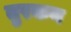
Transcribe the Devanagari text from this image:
तुरकन